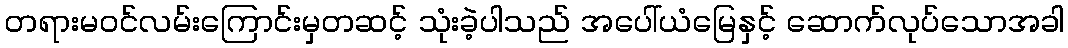
တရားမဝင်လမ်းကြောင်းမှတဆင့် သုံးခဲ့ပါသည် အပေါ်ယံမြေနှင့် ဆောက်လုပ်သောအခါ